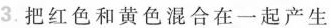
3. 把红色和黄色混合在一起产生